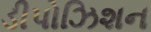
ડીપોઝિશન